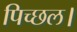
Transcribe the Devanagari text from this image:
पिच्छल।